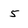
Character: 5